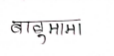
मजकूर: बाबुमामा